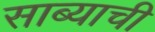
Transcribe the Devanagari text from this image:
साब्याची